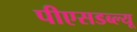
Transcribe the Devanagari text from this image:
पीएसडब्ल्यू